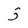
Character: 5